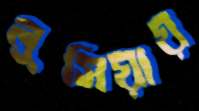
লুসিয়ায়